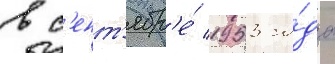
в с'ент'ябр'е́ 1953 го́да